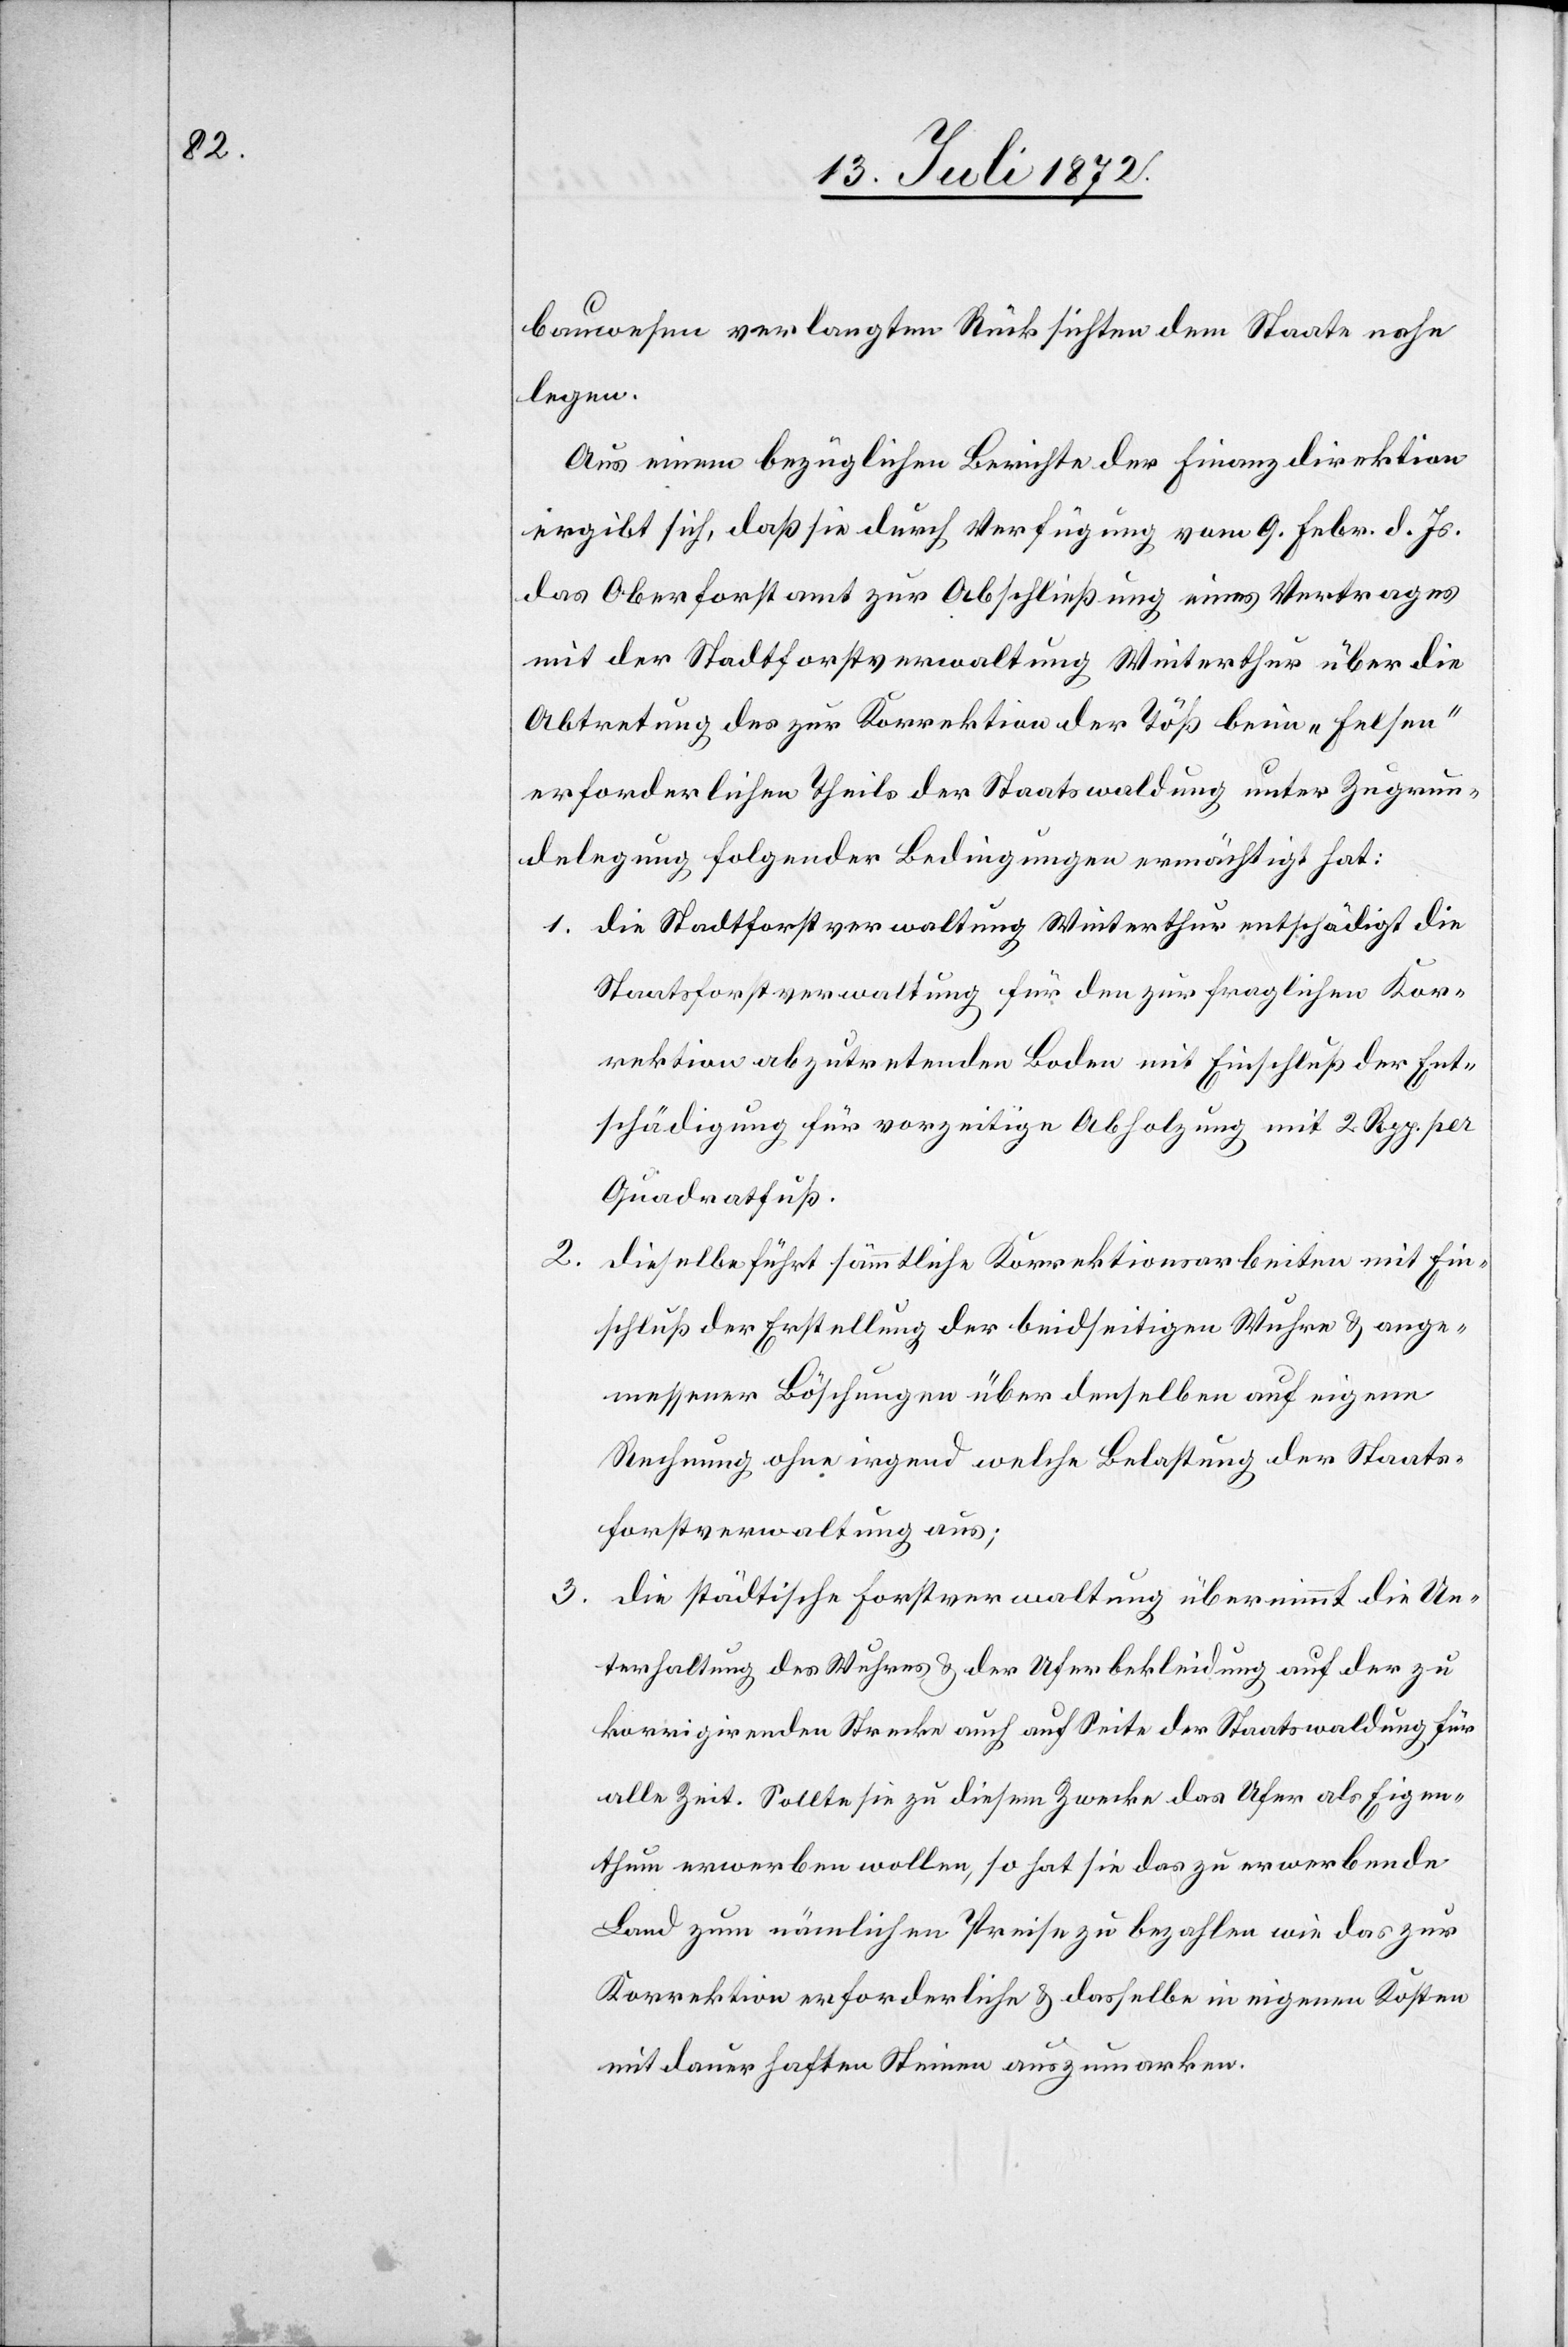
bauwesen verlangten Rücksichten dem Staate nahe
legen.
Aus einem bezüglichen Berichte der Finanzdirektion
ergibt sich, daß sie durch Verfügung vom 9. Febr. d. Js.
das Oberforstamt zur Abschließung eines Vertrages
mit der Stadtforstverwaltung Winterthur über die
Abtretung des zur Korrektion der Töß beim „Felsen“
erforderlichen Theils der Staatswaldung unter Zugrun¬
delegung folgender Bedingungen ermächtig hat:
1. die Stadtforstverwaltung Winterthur entschädigt die
Staatsforstverwaltung für den zur fraglichen Kor¬
rektion abzutretenden Boden mit Einschluß der Ent¬
schädigung für vorzeitige Abholzung mit 2 Rpp. per
Quadratfuß.
2. dieselbe führt sämmtliche Korrektionsarbeiten mit Ein¬
schluß der Herstellung der beidseitigen Wuhre u. ange¬
messener Böschungen über denselben auf eigene
Rechnung ohne irgend welche Belastung der Staats¬
forstverwaltung aus;
3. die städtische Forstverwaltung übernimmt die Un¬
terhaltung des Wuhres u. der Uferbekleidung auf der zu
korrigirenden Strecke auch auf Seite der Staatswaldung für
alle Zeit. Sollte sie zu diesem Zwecke das Ufer als Eigen¬
thum erwerben wollen, so hat sie das zu erwerbende
Land zum nämlichen Preise zu bezahlen wie das zur
Korrektion erforderliche u. dasselbe in eigenen Kosten
mit dauerhaften Steinen auszumarken.